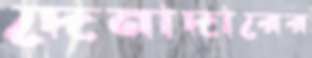
দেনাদারের